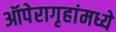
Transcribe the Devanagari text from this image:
ऑपेरागृहांमध्ये